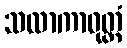
သလာကာဝုတ္တံ